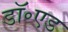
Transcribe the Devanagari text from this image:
डॉ॰एड